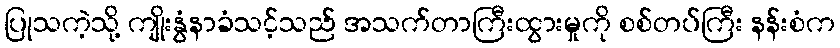
ပြုသကဲ့သို့ ကျိုးနွံနာခံသင့်သည် အသက်တာကြီးထွားမှုကို စစ်တပ်ကြီး နန်းစံက